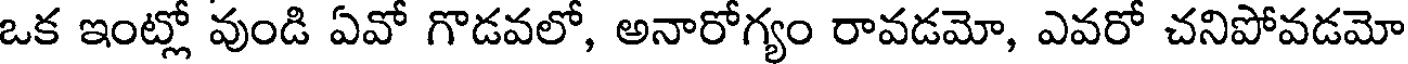
ఒక ఇంట్లో వుండి ఏవో గొడవలో, అనారోగ్యం రావడమో, ఎవరో చనిపోవడమో